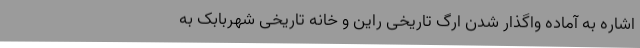
اشاره به آماده واگذار شدن ارگ تاریخی راین و خانه تاریخی شهربابک به